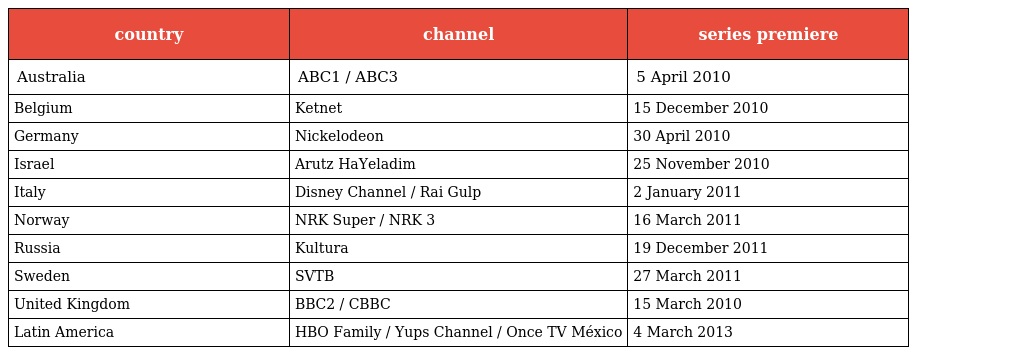
| country | channel | series premiere |
 | --- | --- | --- |
 | Australia | ABC1 / ABC3 | 5 April 2010 |
 | Belgium | Ketnet | 15 December 2010 |
 | Germany | Nickelodeon | 30 April 2010 |
 | Israel | Arutz HaYeladim | 25 November 2010 |
 | Italy | Disney Channel / Rai Gulp | 2 January 2011 |
 | Norway | NRK Super / NRK 3 | 16 March 2011 |
 | Russia | Kultura | 19 December 2011 |
 | Sweden | SVTB | 27 March 2011 |
 | United Kingdom | BBC2 / CBBC | 15 March 2010 |
 | Latin America | HBO Family / Yups Channel / Once TV México | 4 March 2013 |